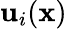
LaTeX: \mathbf{u}_{i}(\mathbf{x})